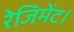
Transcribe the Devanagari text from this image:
रेजिमेंट।